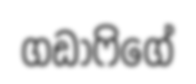
ගඩාෆිගේ